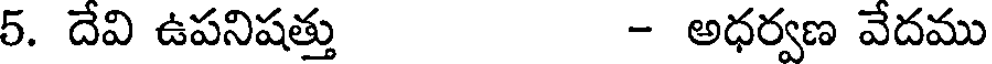
5. దేవి ఉపనిషత్తు - అధర్వణ వేదము